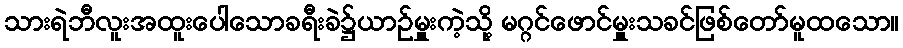
သားရဲဘီလူးအထူးပေါသောခရီးခဲ၌ယာဉ်မှူးကဲ့သို့ မဂ္ဂင်ဖောင်မှူးသခင်ဖြစ်တော်မူထသော။